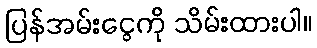
ပြန်အမ်းငွေကို သိမ်းထားပါ။